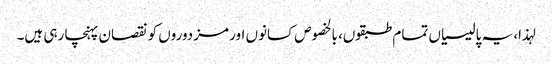
لہذا، یہ پالیسیاں تمام طبقوں، بالخصوص کسانوں اور مزدوروں کو نقصان پہنچا رہی ہیں۔